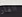
الفار